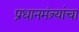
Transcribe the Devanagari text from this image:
प्रधानमंत्र्यांचा